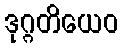
ဒုဂ္ဂတိယေဝ